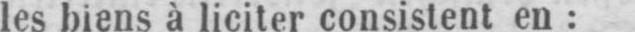
les biens à liciter consistent en: